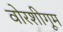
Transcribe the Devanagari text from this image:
वोरशीगूम